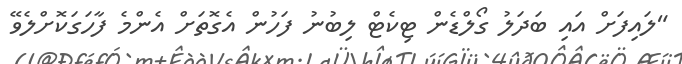
"ލައިފަށް އައި ބަދަލު ގޯލްޑެން ޓިކެޓް ލިބުނު ފަހުން އެގޮތަށް އެންމެ ފާހަގަކޮށްލެވޭ